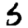
Digit: 5